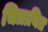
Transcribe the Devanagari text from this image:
चित्रायित